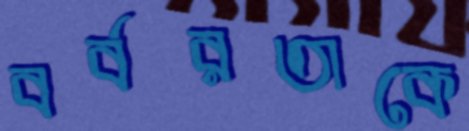
বর্বরতাকে